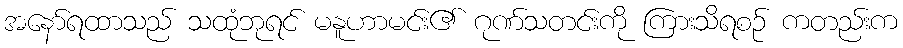
အနော်ရထာသည် သထုံဘုရင် မနူဟာမင်း၏ ဂုဏ်သတင်းကို ကြားသိရစဉ် ကတည်းက